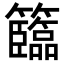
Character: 𥷷